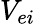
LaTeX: V_{ei}